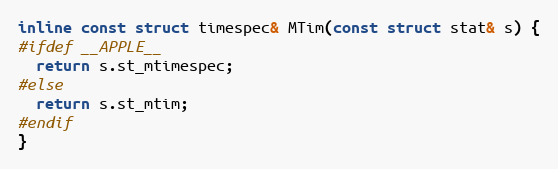
Language: C
inline const struct timespec& MTim(const struct stat& s) {
#ifdef __APPLE__
  return s.st_mtimespec;
#else
  return s.st_mtim;
#endif
}